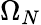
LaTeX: \Omega_{N}